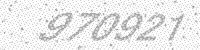
Solution: 970921